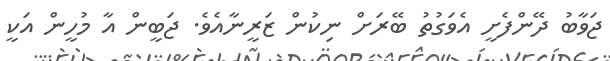
ޖަވާބު ދޭންފެށީ އެވަގުތު ބޭރަށް ނިކުން ޒަރީނާއެވެ. ޖަބީން އާ މުހީން އަކީ